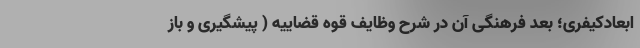
ابعادکیفری؛ بعد فرهنگی آن در شرح وظایف قوه قضاییه ( پیشگیری و باز